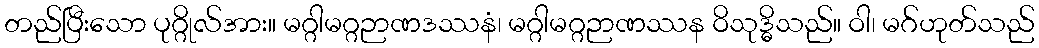
တည်ပြီးသော ပုဂ္ဂိုလ်အား။ မဂ္ဂါမဂ္ဂဉာဏဒဿနံ၊ မဂ္ဂါမဂ္ဂဉာဏဿန ဝိသုဒ္ဓိသည်။ ဝါ၊ မဂ်ဟုတ်သည်